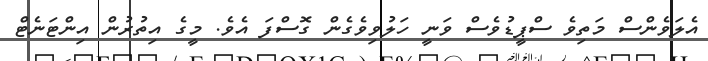
އެލަވެންސް މަތިވެ ސްޕީޑުވެސް ވަނީ ހަލުވިވެގެން ގޮސްފަ އެވެ. މީގެ އިތުރުން އިންޓަނެޓް